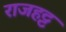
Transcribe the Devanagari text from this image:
राजहट्ट